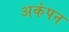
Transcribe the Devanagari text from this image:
अकंपन